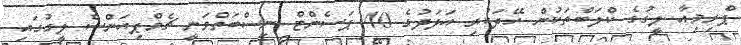
ޕްރިމިއާ ލީގުގެ ކްލަބްތަކުން ހޭދަކުރި އަދަދުގެ 40 ޕަސެންޓް ނިސްބަތްވަނީ ޗެމްޕިއަންސް ލީގުގައި